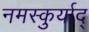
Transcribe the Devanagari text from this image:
नमस्कुर्याद्